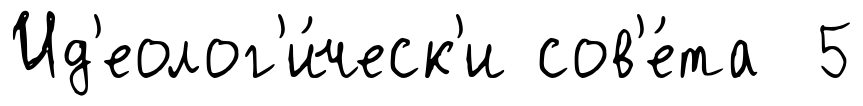
Ид'еолог'и́ческ'и сов'е́та 5